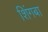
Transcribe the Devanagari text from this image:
शिंगबा